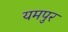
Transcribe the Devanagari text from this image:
यमपुर